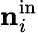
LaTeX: {\mathbf{n}}_{i}^{\mathrm{in}}